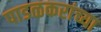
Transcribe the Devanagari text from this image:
पाडळकरांच्या